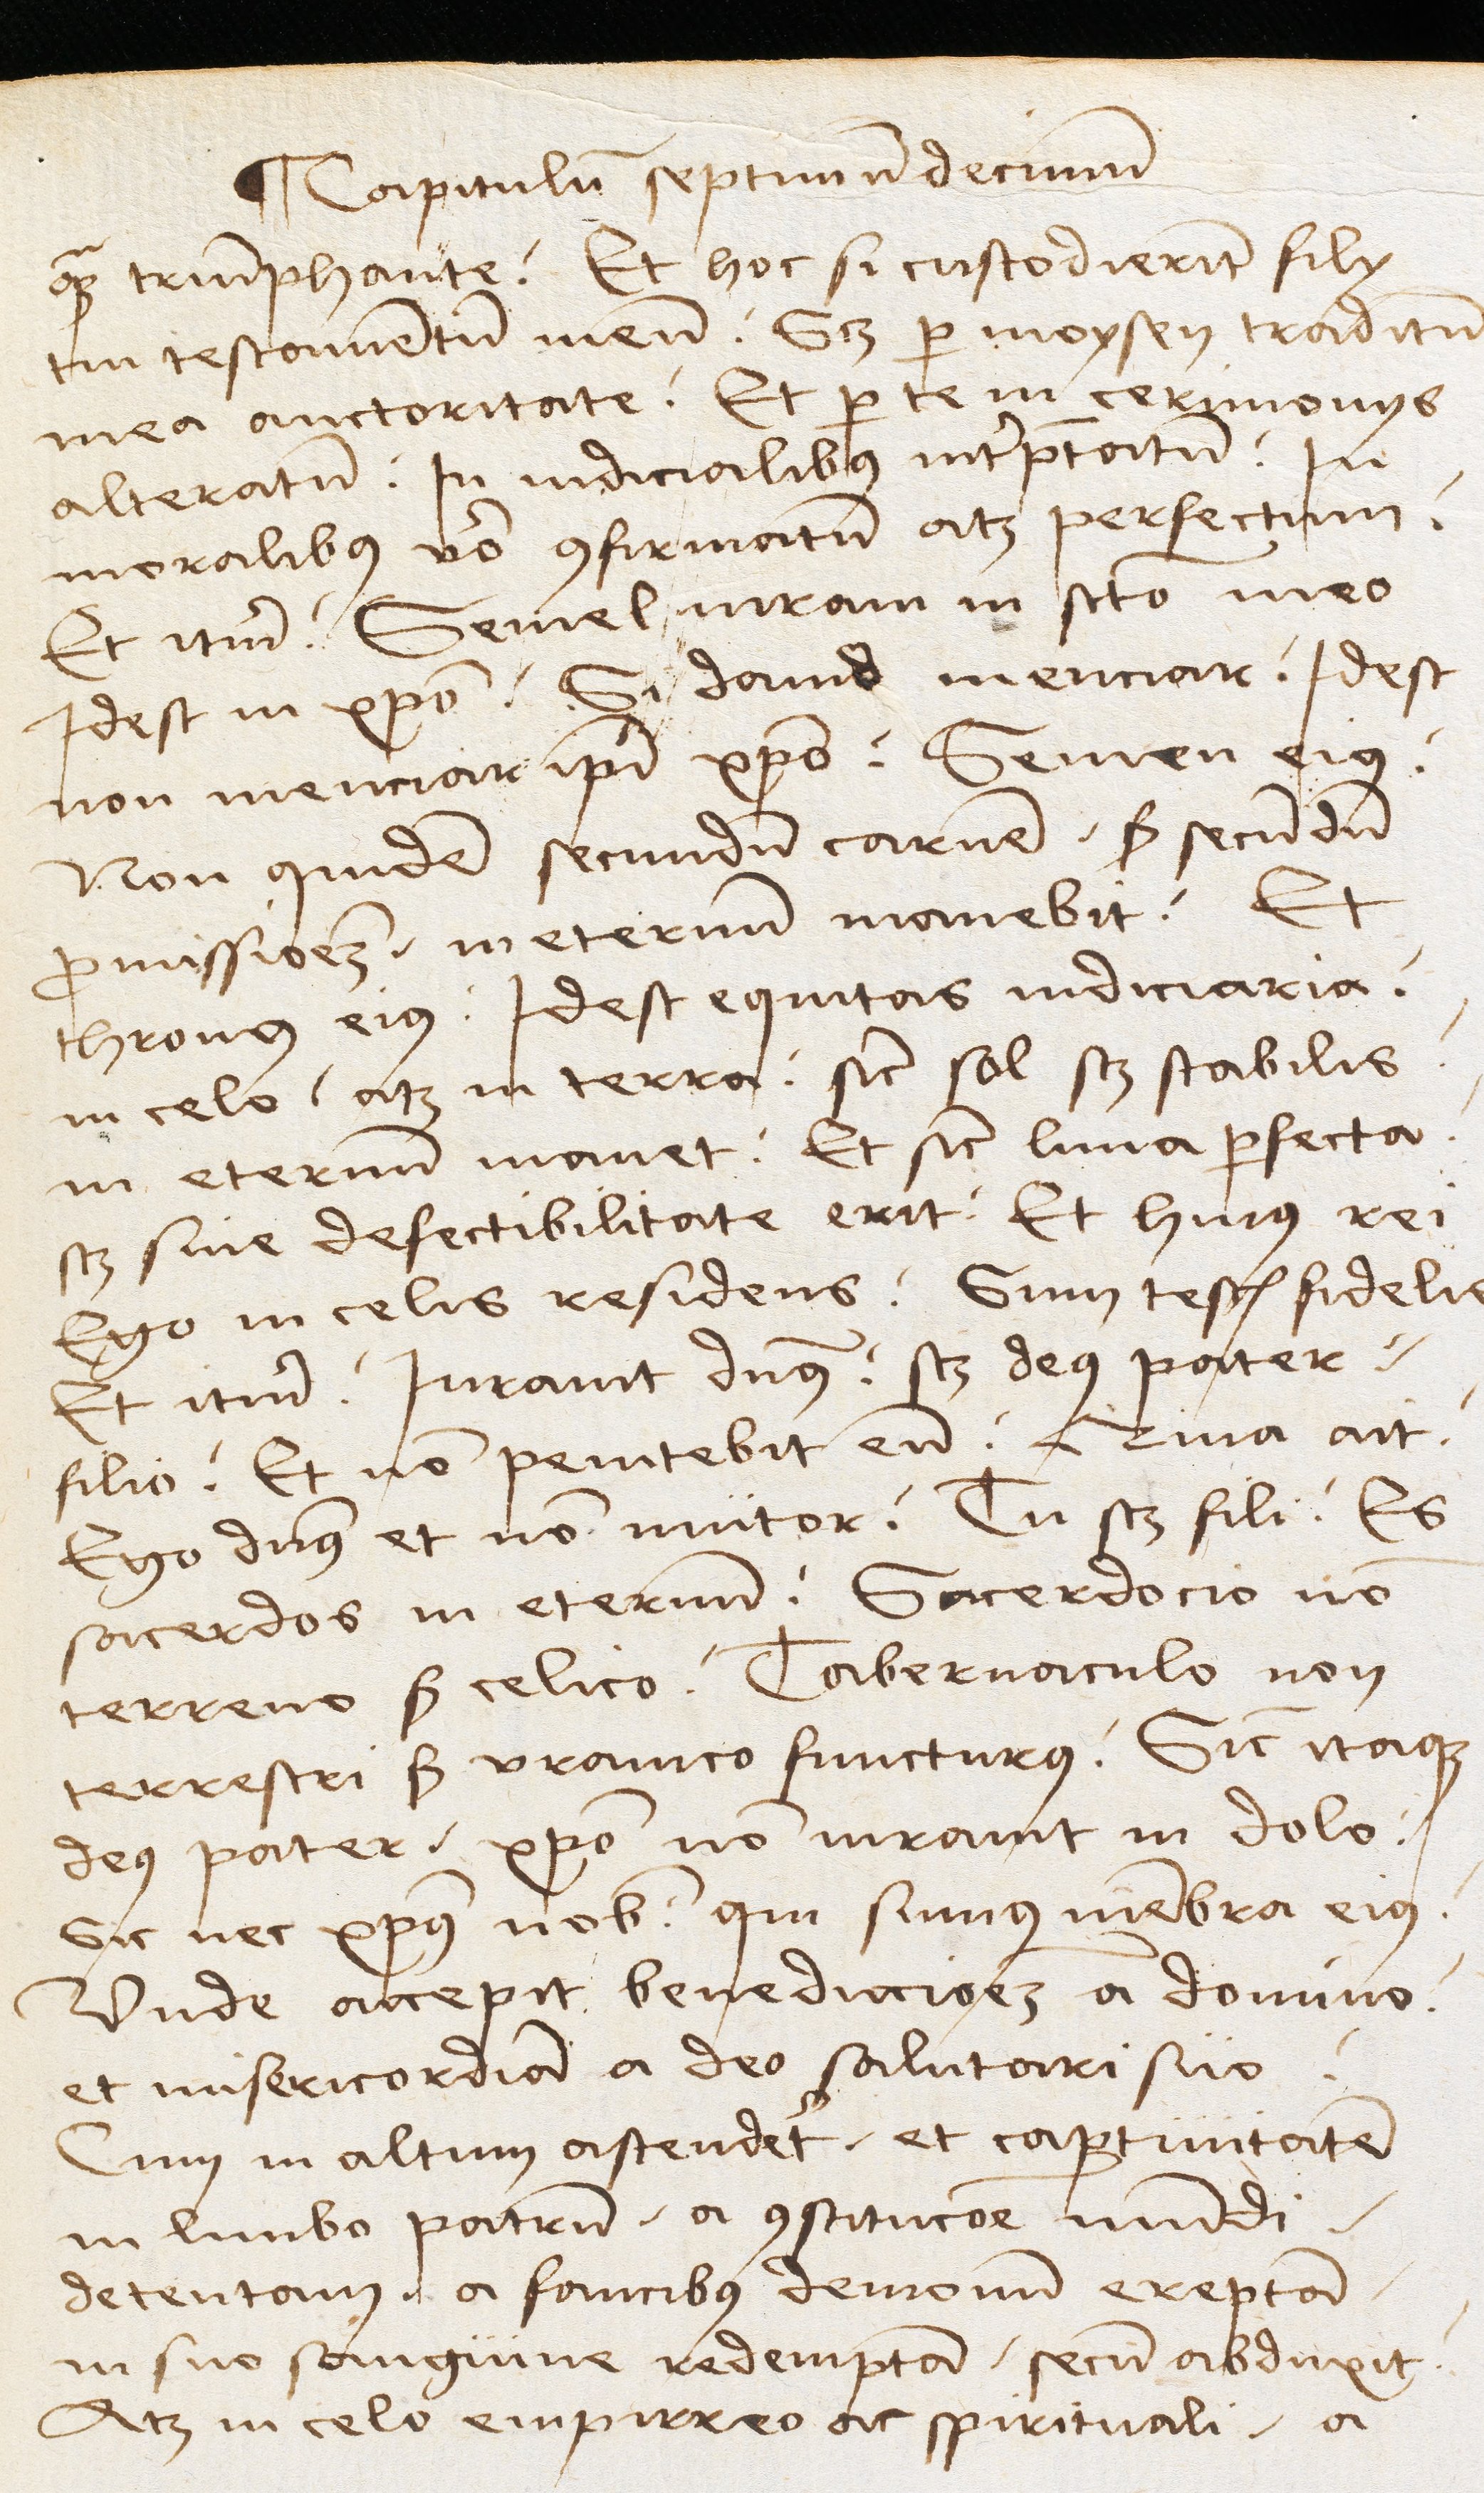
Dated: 1489–1489